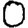
Digit: 0